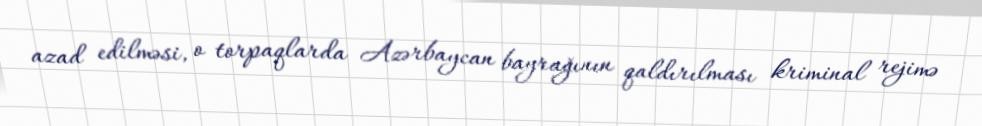
azad edilməsi, o torpaqlarda Azərbaycan bayrağının qaldırılması kriminal rejimə